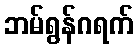
ဘမ်ရွန်ဂရက်